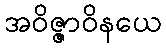
အဝိဇ္ဇာဝိနယေ